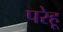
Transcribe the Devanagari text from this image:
परेहू